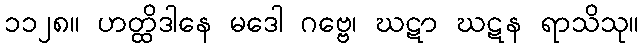
၁၁၂၈။ ဟတ္ထိဒါနေ မဒေါ ဂဗ္ဗေ၊ ဃဋာ ဃဋန ရာသိသု။